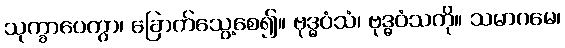
သုက္ခာပေတွာ၊ ခြောက်သွေ့စေ၍။ ဗုဒ္ဓဝံသံ၊ ဗုဒ္ဓဝံသကို။ သမာဂမေ၊